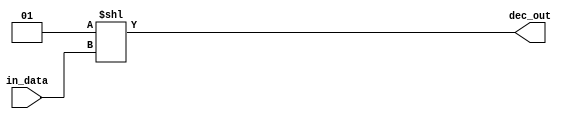
// This program was cloned from: https://github.com/iCAS-Lab/APTPU
// License: MIT License

// MIT License
// 
// Copyright (c) 2021-2024 iCAS Lab
// 
// Permission is hereby granted, free of charge, to any person obtaining a copy
// of this software and associated documentation files (the "Software"), to deal
// in the Software without restriction, including without limitation the rights
// to use, copy, modify, merge, publish, distribute, sublicense, and/or sell
// copies of the Software, and to permit persons to whom the Software is
// furnished to do so, subject to the following conditions:
// 
// The above copyright notice and this permission notice shall be included in all
// copies or substantial portions of the Software.
// 
// THE SOFTWARE IS PROVIDED "AS IS", WITHOUT WARRANTY OF ANY KIND, EXPRESS OR
// IMPLIED, INCLUDING BUT NOT LIMITED TO THE WARRANTIES OF MERCHANTABILITY,
// FITNESS FOR A PARTICULAR PURPOSE AND NONINFRINGEMENT. IN NO EVENT SHALL THE
// AUTHORS OR COPYRIGHT HOLDERS BE LIABLE FOR ANY CLAIM, DAMAGES OR OTHER
// LIABILITY, WHETHER IN AN ACTION OF CONTRACT, TORT OR OTHERWISE, ARISING FROM,
// OUT OF OR IN CONNECTION WITH THE SOFTWARE OR THE USE OR OTHER DEALINGS IN THE
// SOFTWARE.

// Company: iCAS Lab, University of South Carolina
// Design Name: 
// Module Name: decoder
// Project Name: 
// Target Devices: 
// Tool Versions: 
// Description: 
// 
// Dependencies: 
// 
// Revision:
// Revision 0.01 - File Created
// Additional Comments:
// 
//////////////////////////////////////////////////////////////////////////////////


`timescale 1ns / 1ps

module decoder#( 
    parameter OUT_DW = 8,
    parameter IN_DW = $clog2(OUT_DW)
    )          ( 
    input [IN_DW-1:0]   in_data,
    output [OUT_DW-1:0] dec_out
    );
   
    assign dec_out = (1<<in_data);
         
endmodule